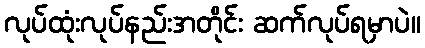
လုပ်ထုံးလုပ်နည်းအတိုင်း ဆက်လုပ်ရမှာပဲ။